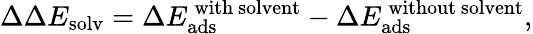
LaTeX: \Delta\Delta E_{\mathrm{solv}}=\Delta E_{\mathrm{ads}}^{\mathrm{\, with\ solvent}}-\Delta E_{\mathrm{ads}}^{\mathrm{\, without\ solvent}},